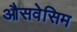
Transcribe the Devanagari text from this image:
औसवेसिम